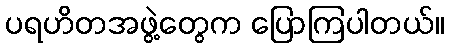
ပရဟိတအဖွဲ့တွေက ပြောကြပါတယ်။